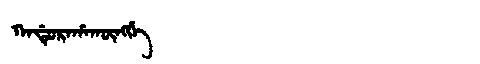
Manchu: ᡴᠠᡩᡠᡵᠠᡥᠠᡴᡡᠩᡤᡝ
Romanization: KADURAHAKŪNGGE